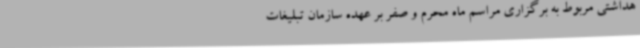
هداشتی مربوط به برگزاری مراسم ماه محرم و صفر بر عهده سازمان تبلیغات